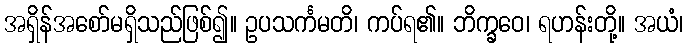
အရှိန်အစော်မရှိသည်ဖြစ်၍။ ဥပသင်္ကမတိ၊ ကပ်ရ၏။ ဘိက္ခဝေ၊ ရဟန်းတို့။ အယံ၊